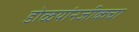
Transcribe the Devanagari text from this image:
डोळयांनजीकचा